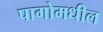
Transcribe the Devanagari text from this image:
पागोमधील